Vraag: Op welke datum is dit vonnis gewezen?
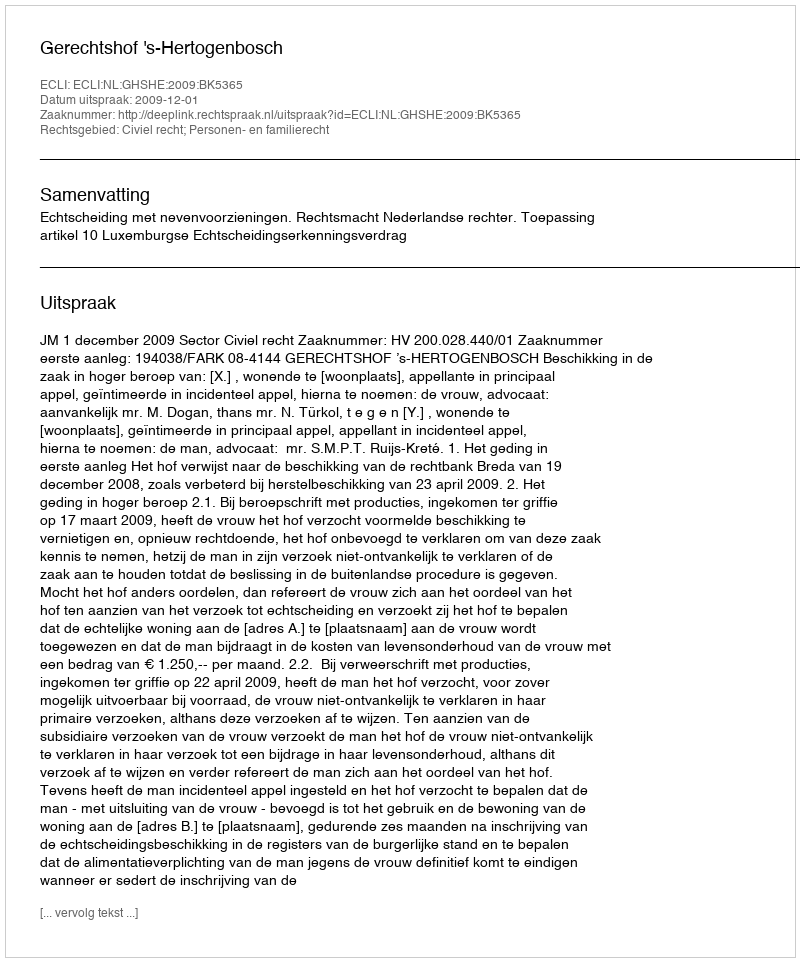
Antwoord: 2009-12-01